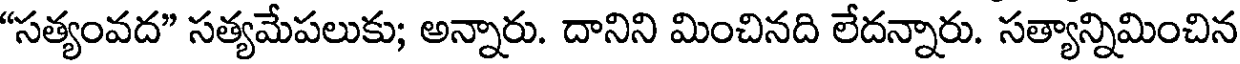
"సత్యంవద" సత్యమేపలుకు; అన్నారు. దానిని మించినది లేదన్నారు. సత్యాన్నిమించిన